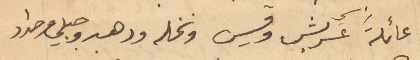
عائلة عرشب وقيس ونخله ودهبه وحلبي وحداد